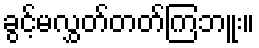
ခွင့်မလွှတ်တတ်ကြဘူး။